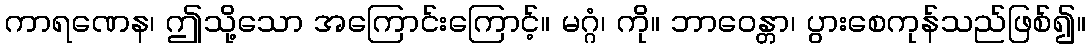
ကာရဏေန၊ ဤသို့သော အကြောင်းကြောင့်။ မဂ္ဂံ၊ ကို။ ဘာဝေန္တာ၊ ပွားစေကုန်သည်ဖြစ်၍။